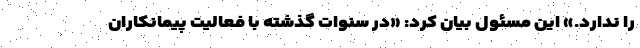
را ندارد.» این مسئول بیان کرد: «در سنوات گذشته با فعالیت پیمانکاران